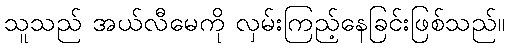
သူသည် အယ်လီမေကို လှမ်းကြည့်နေခြင်းဖြစ်သည်။